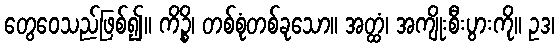
တွေဝေသည်ဖြစ်၍။ ကိဉ္စိ၊ တစ်စုံတစ်ခုသော။ အတ္ထံ၊ အကျိုးစီးပွားကို။ ဥဒ၊